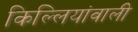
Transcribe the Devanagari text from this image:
किल्लियांवाली